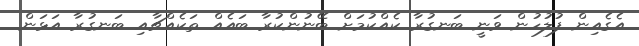
އެގެއިން ފުލުހުން ވަނީ ބަނގުރާ ކެއްކުމަށް ބޭނުންކުރާ ބައެއް ތަކެއްޗާއި ބަނގުރާ އަޅަން